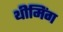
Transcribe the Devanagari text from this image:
थीमिंग